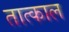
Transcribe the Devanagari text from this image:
तात्काल